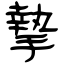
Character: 摯